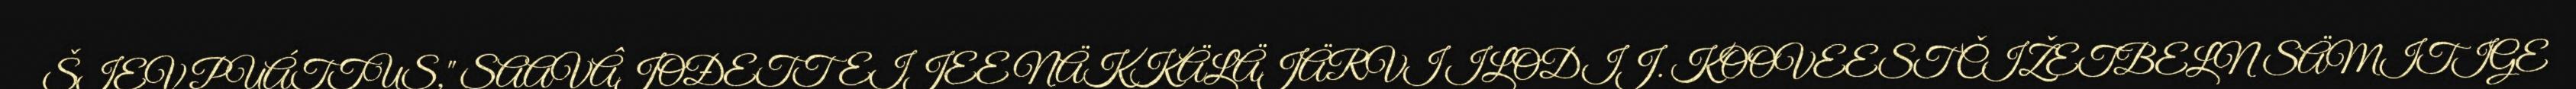
ŠIEV PUÁTTUS," SAAVÂJOĐETTEIJEE NÄKKÄLÄJÄRVI ILODIJ. KOOVEEST ČIŽETBELN SÄMITIGE